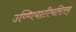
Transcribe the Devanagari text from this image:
उण्णियाटीचरितम्